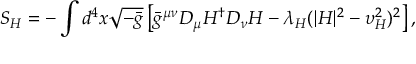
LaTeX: S _ { H } = - \int d ^ { 4 } x \sqrt { - \bar { g } } \left[ \bar { g } ^ { \mu \nu } D _ { \mu } H ^ { \dagger } D _ { \nu } H - \lambda _ { H } ( | H | ^ { 2 } - \upsilon _ { H } ^ { 2 } ) ^ { 2 } \right] ,